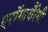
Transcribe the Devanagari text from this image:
एरॉमाथैरेपी